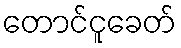
တောင်ငူခေတ်